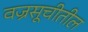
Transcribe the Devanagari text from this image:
वज्रसूचीतील